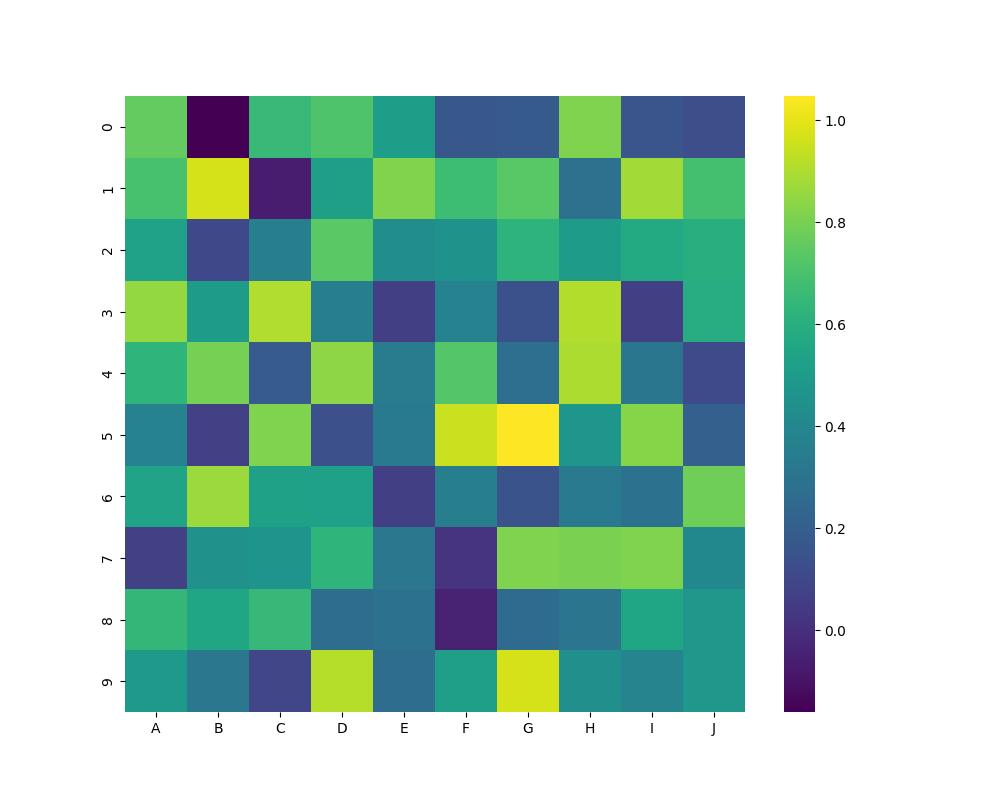
python, seaborn, heatmap, cmap='viridis', linewidths=0.0, center=none